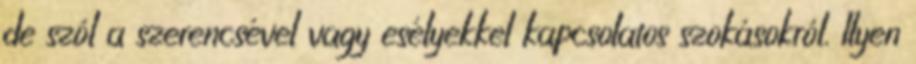
de szól a szerencsével vagy esélyekkel kapcsolatos szokásokról. Ilyen